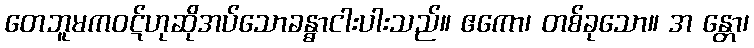
တေဘူမကဝဋ်ဟုဆိုအပ်သောခန္ဓာငါးပါးသည်။ ဧကော၊ တစ်ခုသော။ အ န္တော၊